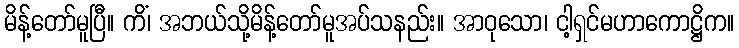
မိန့်တော်မူပြီ။ ကိံ၊ အဘယ်သို့မိန့်တော်မူအပ်သနည်း။ အာဝုသော၊ ငါ့ရှင်မဟာကောဋ္ဌိက။